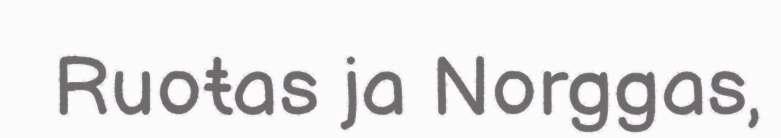
Ruoŧas ja Norggas,